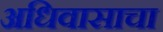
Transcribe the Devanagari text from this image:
अधिवासाचा